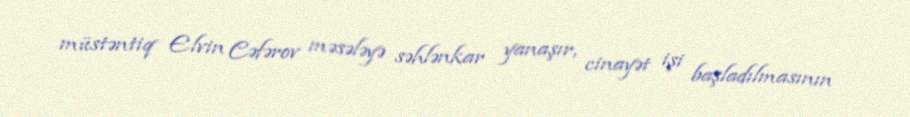
müstəntiq Elvin Cəfərov məsələyə səhlənkar yanaşır, cinayət işi başladılmasının